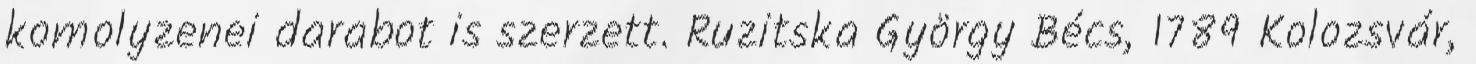
komolyzenei darabot is szerzett. Ruzitska György Bécs, 1789 Kolozsvár,